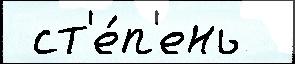
 ст'е́п'ень